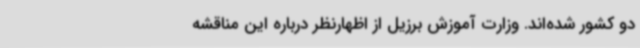
دو کشور شده‌اند. وزارت آموزش برزیل از اظهارنظر درباره این مناقشه